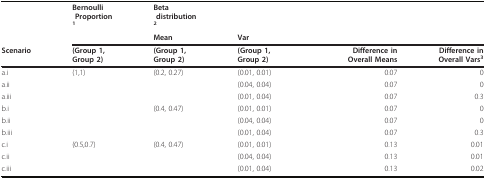
<table><thead><tr><td></td><td><b>Bernoulli Proportion<sup>1</sup></b></td><td><b>Beta distribution<sup>2</sup></b></td><td></td><td></td><td></td></tr><tr><td></td><td></td><td><b>Mean</b></td><td><b>Var</b></td><td></td><td></td></tr><tr><td><b>Scenario</b></td><td><b>(Group 1,Group 2)</b></td><td><b>(Group 1,Group 2)</b></td><td><b>(Group 1,Group 2)</b></td><td><b>Difference inOverall Means</b></td><td><b>Difference inOverall Vars<sup>3</sup></b></td></tr></thead><tbody><tr><td>a.i</td><td>(1,1)</td><td>(0.2, 0.27)</td><td>(0.01, 0.01)</td><td>0.07</td><td>0</td></tr><tr><td>a.ii</td><td></td><td></td><td>(0.04, 0.04)</td><td>0.07</td><td>0</td></tr><tr><td>a.iii</td><td></td><td></td><td>(0.01, 0.04)</td><td>0.07</td><td>0.3</td></tr><tr><td>b.i</td><td></td><td>(0.4, 0.47)</td><td>(0.01, 0.01)</td><td>0.07</td><td>0</td></tr><tr><td>b.ii</td><td></td><td></td><td>(0.04, 0.04)</td><td>0.07</td><td>0</td></tr><tr><td>b.iii</td><td></td><td></td><td>(0.01, 0.04)</td><td>0.07</td><td>0.3</td></tr><tr><td>c.i</td><td>(0.5,0.7)</td><td>(0.4, 0.47)</td><td>(0.01, 0.01)</td><td>0.13</td><td>0.01</td></tr><tr><td>c.ii</td><td></td><td></td><td>(0.04, 0.04)</td><td>0.13</td><td>0.01</td></tr><tr><td>c.iii</td><td></td><td></td><td>(0.01, 0.04)</td><td>0.13</td><td>0.02</td></tr></tbody></table>